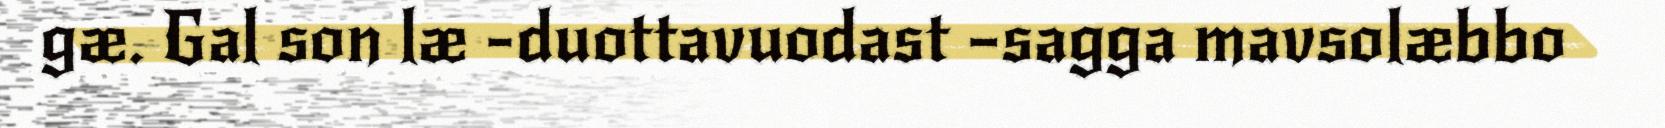
gæ. Gal son læ -duottavuodast –sagga mavsolæbbo